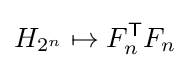
H_{2^{n}}\mapsto F_{n}^{\textsf {T}}F_{n}